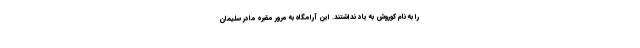
را به نام کوروش به یاد نداشتند. این آرامگاه به مرور مقبره مادر سلیمان